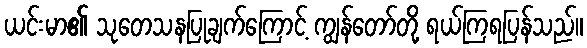
ယင်းမာ၏ သုတေသနပြုချက်ကြောင့် ကျွန်တော်တို့ ရယ်ကြရပြန်သည်။